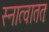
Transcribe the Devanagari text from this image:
स्नात्वाततः